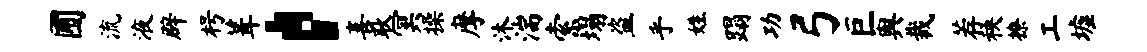
圃流液辟枵葺，喜耿冥操摩沐湍索塌盗乎姓蹋功弓巨舆裁荐秧撩工墟